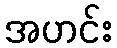
အဟင်း